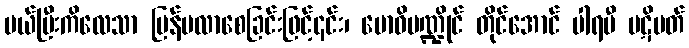
ပယ်ပြီးကိလေသာ ပြန်မလာစေခြင်းဖြင့်၎င်း၊ ဗောဓိမဏ္ဍိုင် တိုင်အောင် ပါရမီ ပဋိပတ်